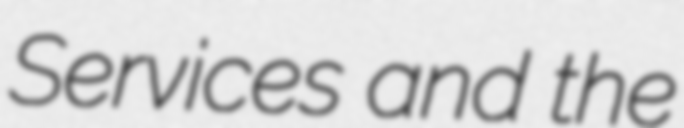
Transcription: Services and the